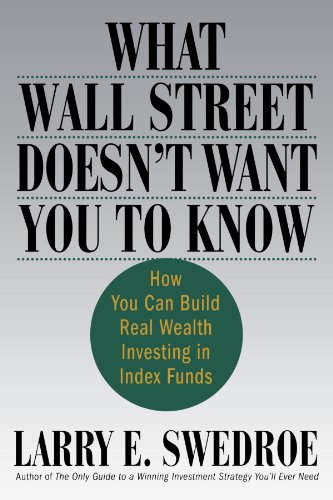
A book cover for What Wall Street Doesn't Want You to Know: How You Can Build Real Wealth Investing in Index Funds; Larry E. Swedroe; Business & Money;